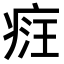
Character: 𤶶